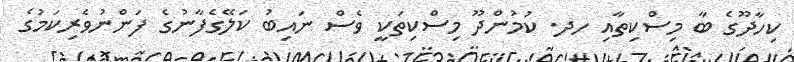
ކިހާދޫގެ ބާ މިސްކިތާއި ހދ. ކުމުންދޫ މިސްކިތަކީ ވެސް ނައިބު ކަލޭގެފާނުގެ ފަންނުވެރިކަމުގެ